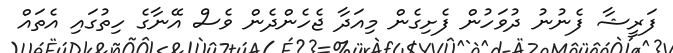
ފަރީޝާ ފެނުނު ދުވަހުން ފެށިގެން މިއަދާ ޖެހެންދެން ވެސް އޭނާގެ ހިތުގައި އެތައް